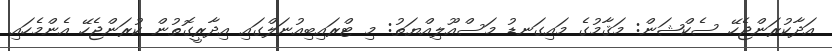
އަދާކުރަންޖެހޭ ސެކްޝަން: މަޤާމުގެ މައިގަނޑު މަސްއޫލިއްޔަތު: މި ޓްރައިބިއުނަލްގައި އިދާރީގޮތުން ކުރަންޖެހޭ އެންމެހައި